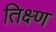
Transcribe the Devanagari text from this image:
तिक्ष्ण